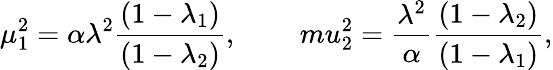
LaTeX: \mu_{1}^{2}=\alpha\lambda^{2}\frac{(1-\lambda_{1})}{(1-\lambda_{2})},\ \ \ \ \ \ \ \ \, mu_{2}^{2}=\frac{\lambda^{2}}{\alpha}\frac{(1-\lambda_{2})}{(1-\lambda_{1})},